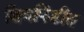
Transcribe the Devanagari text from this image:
शिवपिंडीत